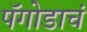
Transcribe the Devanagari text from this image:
पॅगोडाचं